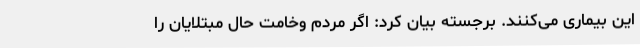
این بیماری می‌کنند. برجسته بیان کرد: اگر مردم وخامت حال مبتلایان را